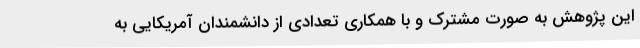
این پژوهش به صورت مشترک و با همکاری تعدادی از دانشمندان آمریکایی به